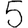
Digit: 5